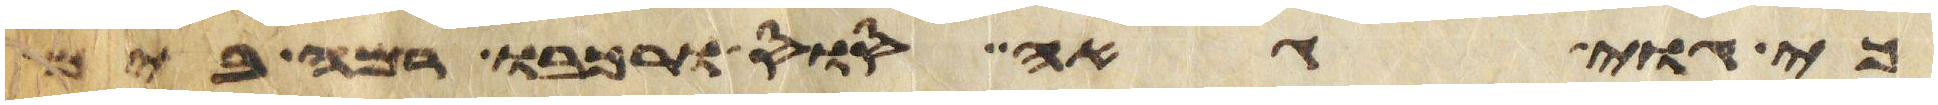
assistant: כי גוי גאה סוס ורכבו רמה בים